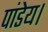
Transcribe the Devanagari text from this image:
पांडेय।